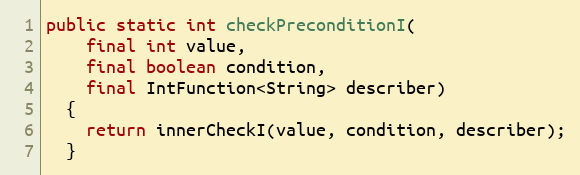
Language: Java
public static int checkPreconditionI(
    final int value,
    final boolean condition,
    final IntFunction<String> describer)
  {
    return innerCheckI(value, condition, describer);
  }